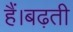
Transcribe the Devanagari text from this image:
हैं।बढ़ती